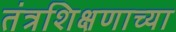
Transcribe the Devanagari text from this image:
तंत्रशिक्षणाच्या